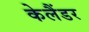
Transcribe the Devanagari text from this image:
केलैंडर